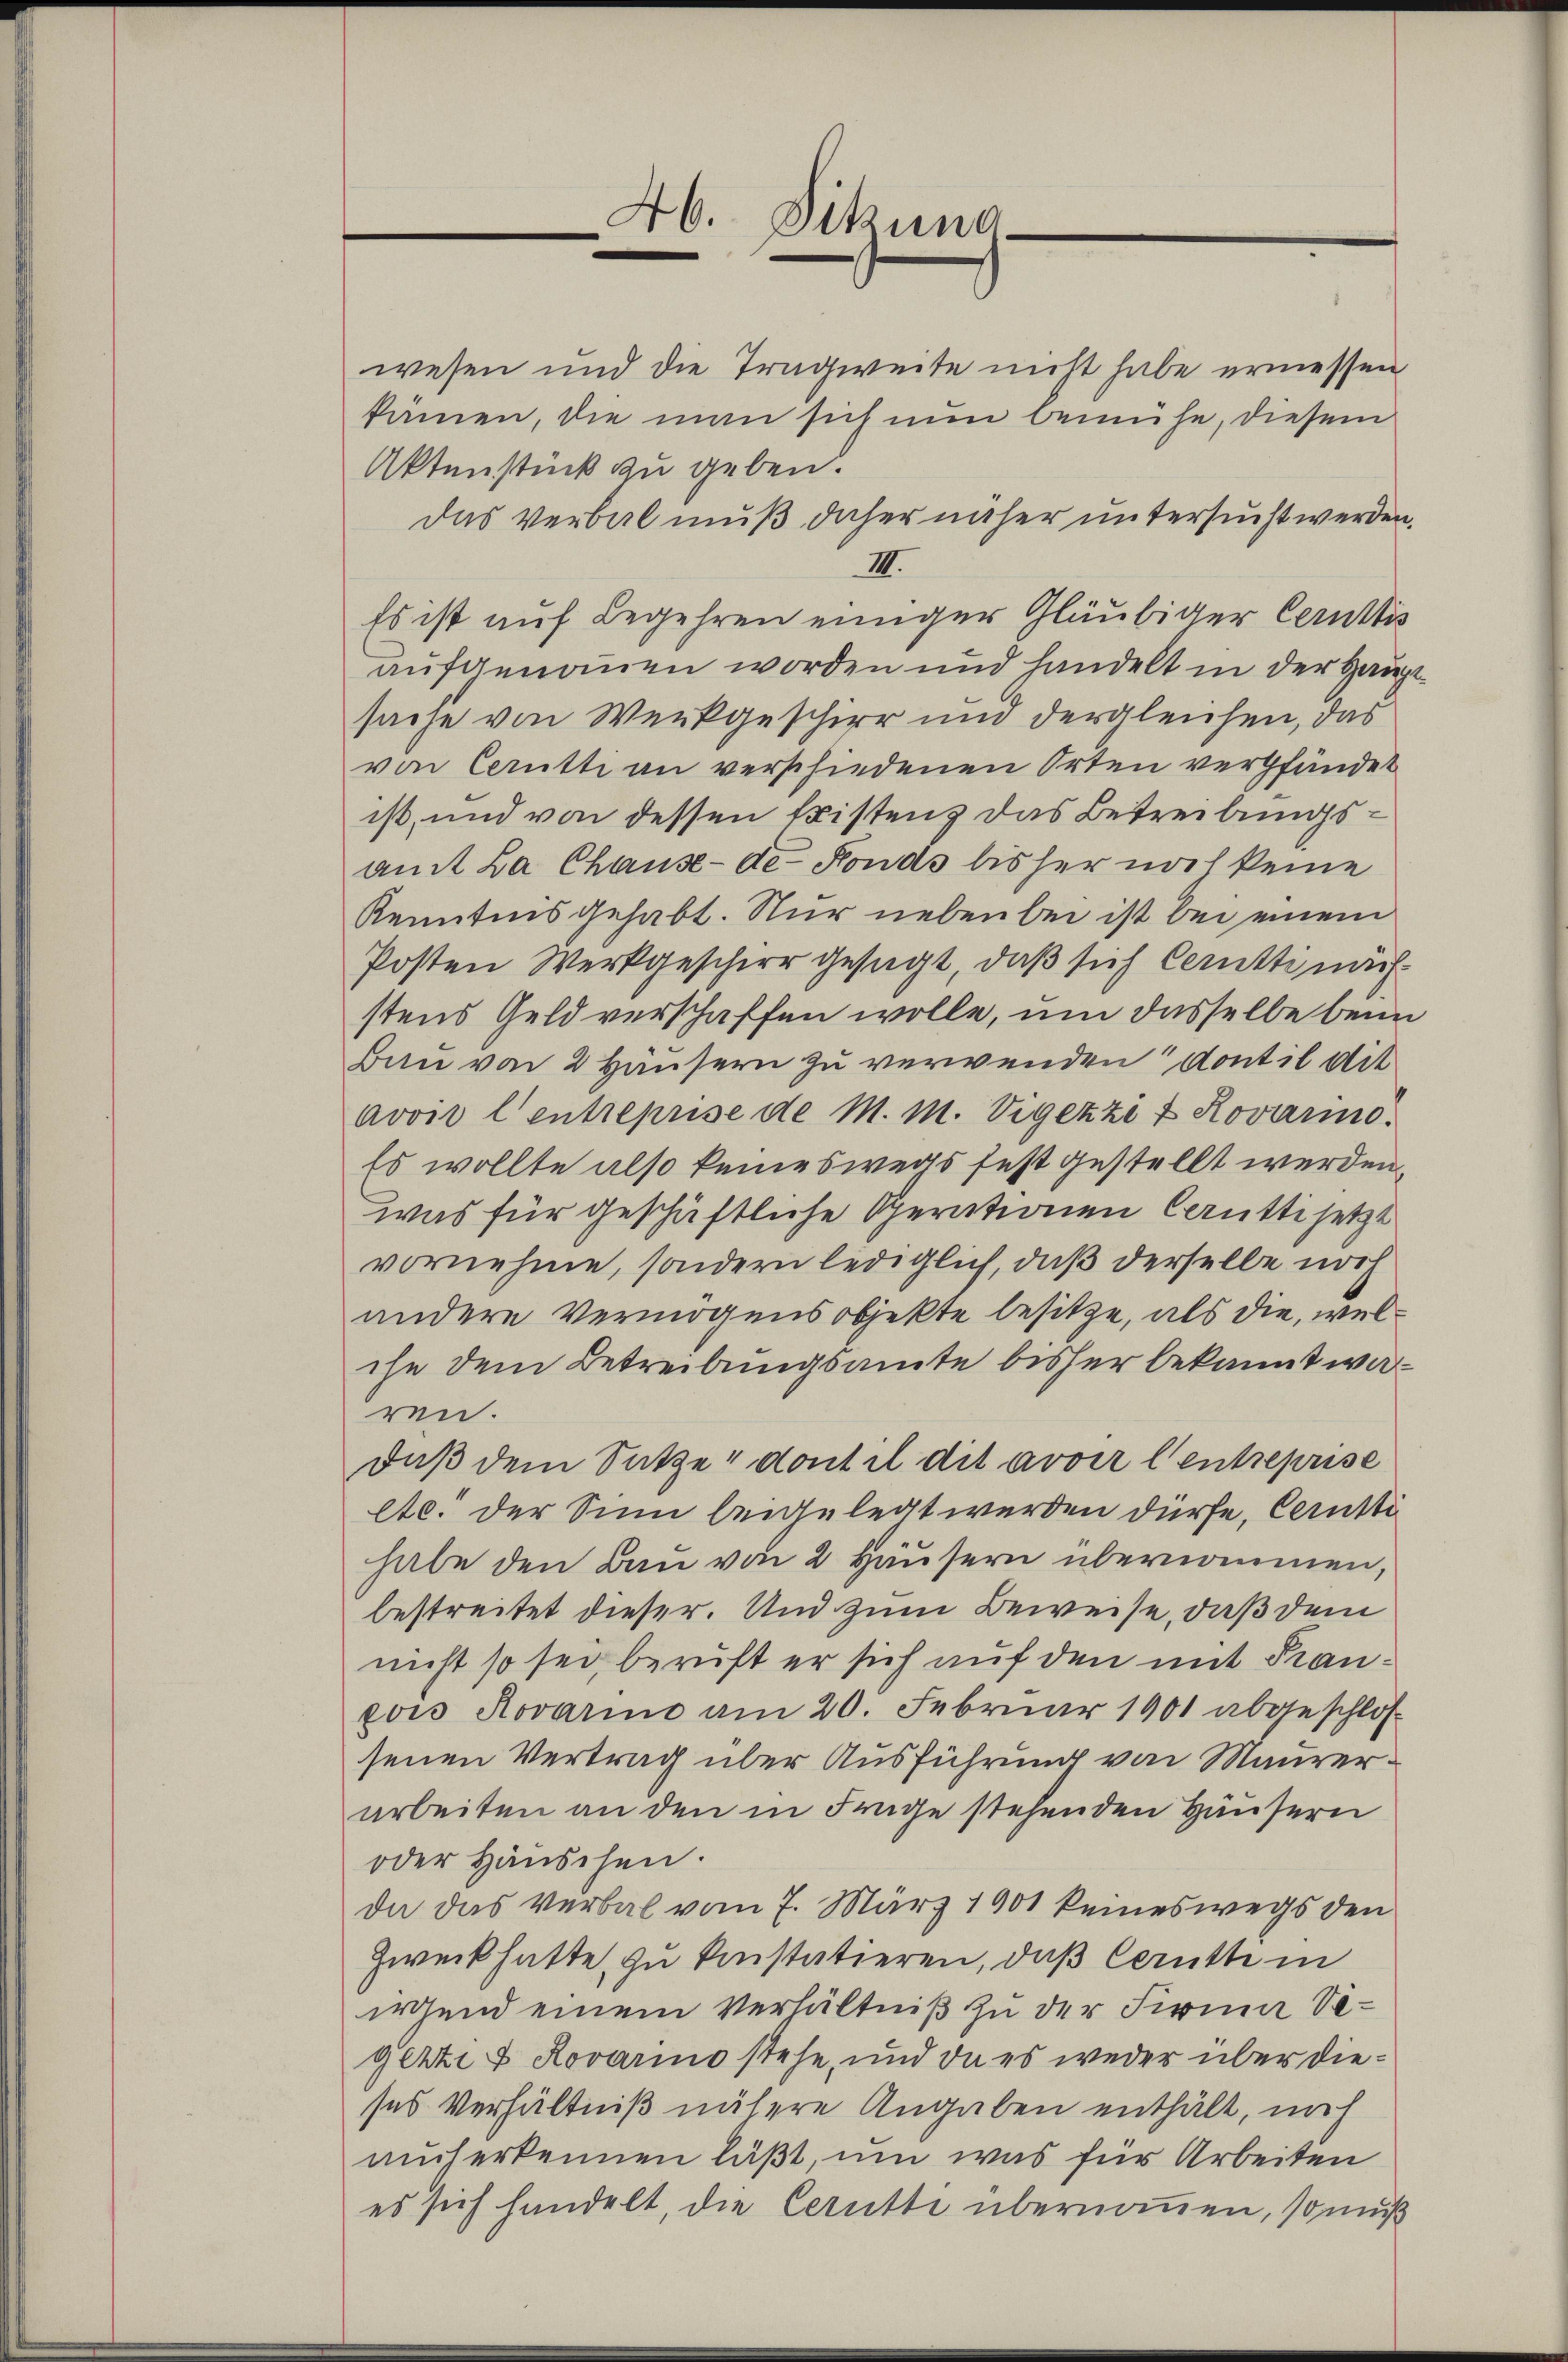
46. Sitzung

wesen und die Tragweite nicht habe ermessen
kamen, die man sich nun bemühe, diesem
Aktenstück zu geben.
das Verbal muß daher näher untersucht werden.
III.
Es ist auf Begehren einiger Gläubiger Certis
aufgenommen worden und handelt in der Hauptsache von Werkgeschirr und dergleichen, das
von Cerutti an verschiedenen Orten verpfändet
ist, und von dessen Existenz das Betreibungsamit La Chause-de-Fonds bisher noch keine
Kenntnis gehabt. Nur neben bei ist bei einem
Posten Werkgeschirr gesagt, daß sich Certti nächstens Geld verschaffen wolle, um dasselbe beim
Bau von 2 Häusern zu verwenden Cont il dit
avon l’entreprise de M. M. Vigezzi & Rovario.
Es wollte also keineswegs fest gestellt werden,
was für geschäftliche Operationen Cautti setzt
vornehme, sondern lediglich, daß derselbe noch
andere Vermögensobjekte besitze, als die, welche dem Betreibungsamte bisher bekannt waren.
daβ dem Satze, dont il dit avoir l’entreprise
etc. der Sinn beigelegt werden dürfe, Cernsti
habe den Bau von 2 Häusern übernommen,
bestreitet dieser. Und zum Beweise, daß dem
nicht so sei, beruft er sich auf den mit Krançois Rovarino am 20. Februar 1901 abgeschlos
senen Vertrag über Ausführung von Maurerarbeiten an den in Frage stehenden Häusern
oder Häuschen.
da das Verbal vom 7. März 1901 keineswegs den
Zweck hatte, zu konstatieren, daß Ceruth in
irgend einem Verhältniß zu der Firma Segezzi & Rovarino stehe, und da es weder über dieses Verhältniß nähere Angaben enthält, noch
muh erkennen läßt, um was für Arbeiten
es sich handelt, die Cerütte übernommen, so muß